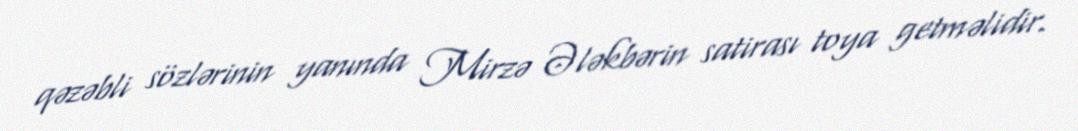
qəzəbli sözlərinin yanında Mirzə Ələkbərin satirası toya getməlidir.